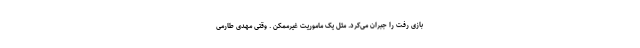
بازی رفت را جبران می‌کرد. مثل یک ماموریت غیرممکن . وقتی مهدی طارمی